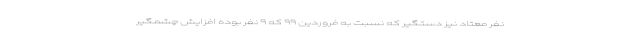
نفر معتاد نیز دستگیر که نسبت به فروردین ۹۹ که ۹ نفر بوده افزایش چشمگیر